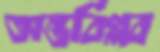
অন্তর্বিপ্লব